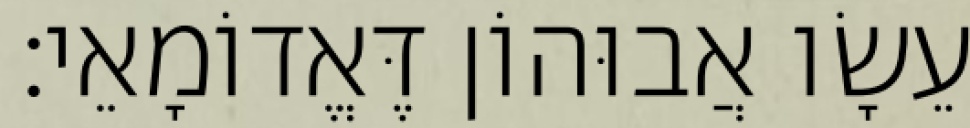
עֵשָׂו אֲבוּהוֹן דֶּאֱדוֹמָאֵי׃